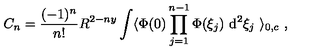
C _ { n } = \frac { ( - 1 ) ^ { n } } { n ! } R ^ { 2 - n y } \int \langle \Phi ( 0 ) \prod _ { j = 1 } ^ { n - 1 } \Phi ( \xi _ { j } ) \ \mathrm { d } ^ { 2 } \xi _ { j } \ \rangle _ { 0 , c } \ ,